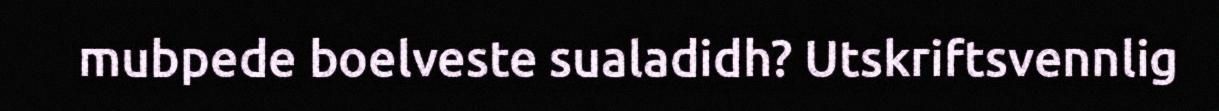
mubpede boelveste sualadidh? Utskriftsvennlig